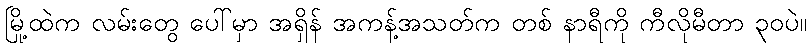
မြို့ထဲက လမ်းတွေ ပေါ်မှာ အရှိန် အကန့်အသတ်က တစ် နာရီကို ကီလိုမီတာ ၃၀ပဲ။